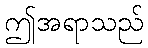
ဤအရာသည်